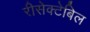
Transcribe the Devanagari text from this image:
रीसेक्टेबिल